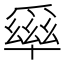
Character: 𤔭